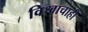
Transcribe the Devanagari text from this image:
विश्वाचाही